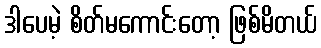
ဒါပေမဲ့ စိတ်မကောင်းတော့ ဖြစ်မိတယ်